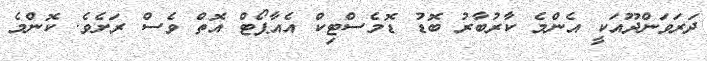
ދަރަވަންދޫއަކީ އެންމެ ކާރުބާރު ބޮޑު ޑޮމެސްޓިކް އެއާޕޯޓް އޮތް ވެސް ރަށެވެ. ކޮންމެ